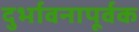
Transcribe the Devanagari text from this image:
दुर्भावनापूर्वक